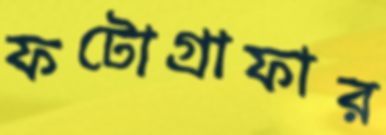
ফটোগ্রাফার